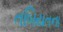
તબિયતના